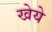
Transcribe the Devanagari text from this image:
खेये